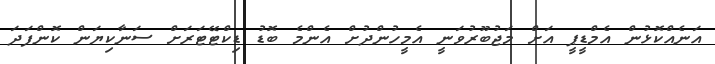
އަނެއްކޮޅުން އެމްޑީޕީ އަށް މަޖުބޫރުވަނީ އެމީހުންދުށް އެންމެ ބޮޑު ޑިކްޓޭޓަރަށް ސަނާކިޔަން ކޮންފަދަ